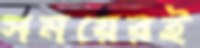
সময়েরই